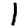
Digit: 1